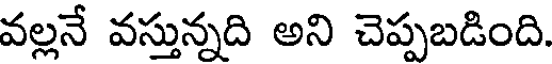
వల్లనే వస్తున్నది అని చెప్పబడింది.